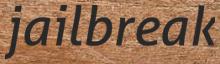
jailbreak